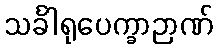
သင်္ခါရုပေက္ခာဉာဏ်